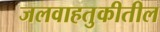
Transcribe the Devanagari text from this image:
जलवाहतुकीतील